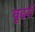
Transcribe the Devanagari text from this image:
वुडरॉ